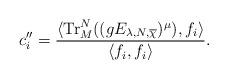
LaTeX: \begin{align*}c''_i=\frac{\langle\mathrm{Tr}^N_M((gE_{\lambda,N,\overline{\chi}})^\mu),f_i\rangle}{\langle f_i,f_i\rangle}.\end{align*}